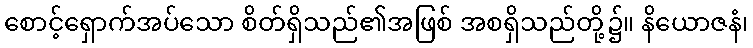
စောင့်ရှောက်အပ်သော စိတ်ရှိသည်၏အဖြစ် အစရှိသည်တို့၌။ နိယောဇနံ၊